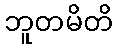
ဘူတမိတိ